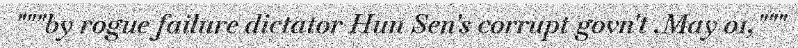
"""by rogue failure dictator Hun Sen's corrupt govn't .May 01,"""